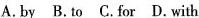
A.by B.To C.For D.With